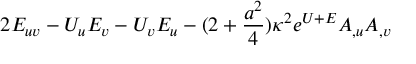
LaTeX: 2 E _ { u v } - U _ { u } E _ { v } - U _ { v } E _ { u } - ( 2 + { \frac { a ^ { 2 } } { 4 } } ) \kappa ^ { 2 } e ^ { U + E } A _ { , u } A _ { , v }